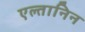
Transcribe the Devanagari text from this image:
एल्तानिन